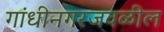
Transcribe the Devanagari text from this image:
गांधीनगरजवळील